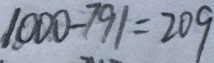
1 0 0 0 - 7 9 1 = 2 0 9